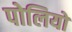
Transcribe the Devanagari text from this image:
पोलियों